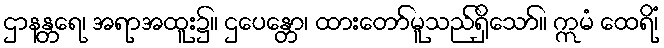
ဌာနန္တရေ၊ အရာအထူး၌။ ဌပေန္တော၊ ထားတော်မူသည်ရှိသော်။ ဣမံ ထေရိံ၊